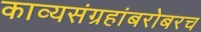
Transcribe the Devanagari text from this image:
काव्यसंग्रहांबरोबरच